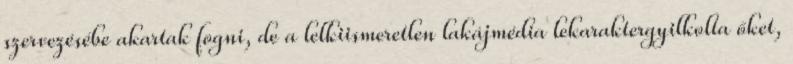
szervezésébe akartak fogni, de a lelkiismeretlen lakájmédia lekaraktergyilkolta őket,